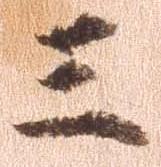
三